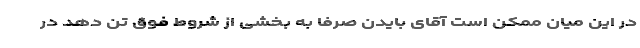
در این میان ممکن است آقای بایدن صرفاً به بخشی از شروط فوق تن دهد در